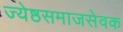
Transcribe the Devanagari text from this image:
ज्येष्ठसमाजसेवक